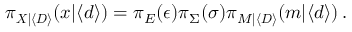
\pi _ { \boldsymbol { X } | \langle \boldsymbol { D } \rangle } ( \boldsymbol { x } | \langle \boldsymbol { d } \rangle ) = \pi _ { E } ( \epsilon ) \pi _ { \Sigma } ( \sigma ) \pi _ { M | \langle \boldsymbol { D } \rangle } ( m | \langle \boldsymbol { d } \rangle ) \, .